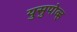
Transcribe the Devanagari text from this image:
युसुपोव्ह